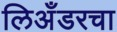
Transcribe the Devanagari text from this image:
लिअँडरचा